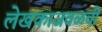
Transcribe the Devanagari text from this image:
लेखकाजवळची